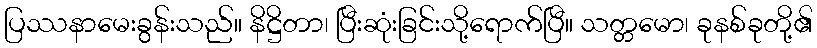
ပြဿနာမေးခွန်းသည်။ နိဋ္ဌိတာ၊ ပြီးဆုံးခြင်းသို့ရောက်ပြီ။ သတ္တမော၊ ခုနစ်ခုတို့၏